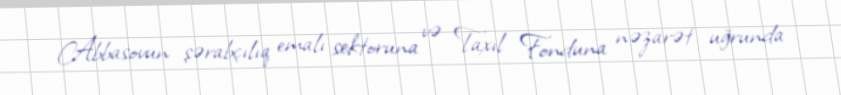
Abbasovun şərabçılıq emalı sektoruna və Taxıl Fonduna nəzarət uğrunda